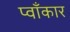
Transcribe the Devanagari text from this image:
प्वाँकार